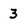
Character: 3